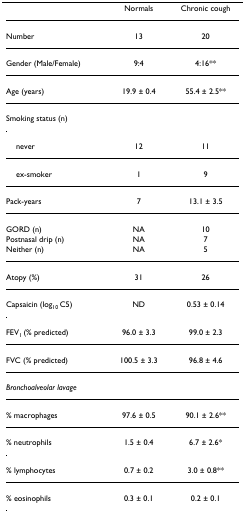
<table><thead><tr><td></td><td><b>Normals</b></td><td><b>Chronic cough</b></td></tr></thead><tbody><tr><td>Number</td><td>13</td><td>20</td></tr><tr><td>Gender (Male/Female)</td><td>9:4</td><td>4:16**</td></tr><tr><td>Age (years)</td><td>19.9 ± 0.4</td><td>55.4 ± 2.5**</td></tr><tr><td>Smoking status (n)</td><td></td><td></td></tr><tr><td> never</td><td>12</td><td>11</td></tr><tr><td> ex-smoker</td><td>1</td><td>9</td></tr><tr><td>Pack-years</td><td>7</td><td>13.1 ± 3.5</td></tr><tr><td>GORD (n)</td><td>NA</td><td>10</td></tr><tr><td>Postnasal drip (n)</td><td>NA</td><td>7</td></tr><tr><td>Neither (n)</td><td>NA</td><td>5</td></tr><tr><td>Atopy (%)</td><td>31</td><td>26</td></tr><tr><td>Capsaicin (log<sub>10 </sub>C5)</td><td>ND</td><td>0.53 ± 0.14</td></tr><tr><td>FEV<sub>1 </sub>(% predicted)</td><td>96.0 ± 3.3</td><td>99.0 ± 2.3</td></tr><tr><td>FVC (% predicted)</td><td>100.5 ± 3.3</td><td>96.8 ± 4.6</td></tr><tr><td><i>Bronchoalveolar lavage</i></td><td></td><td></td></tr><tr><td>% macrophages</td><td>97.6 ± 0.5</td><td>90.1 ± 2.6**</td></tr><tr><td>% neutrophils</td><td>1.5 ± 0.4</td><td>6.7 ± 2.6*</td></tr><tr><td>% lymphocytes</td><td>0.7 ± 0.2</td><td>3.0 ± 0.8**</td></tr><tr><td>% eosinophils</td><td>0.3 ± 0.1</td><td>0.2 ± 0.1</td></tr></tbody></table>